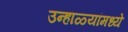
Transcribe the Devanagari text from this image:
उन्हाळ्यांमध्ये